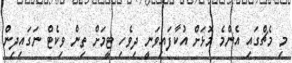
މި މެޗްގައި އެންމެ މޮޅަށް އުކާފައިވަނީ ދިވެހި ޓީމަށް ތިން ވިކެޓް ނަގައިދިން